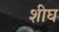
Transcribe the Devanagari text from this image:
शीघ